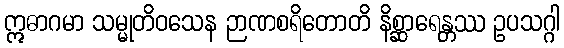
ဣဓာဂမာ သမ္မုတိဝသေန ဉာဏစရိတောတိ နိစ္ဆာရေန္တဿ ဥပသဂ္ဂါ